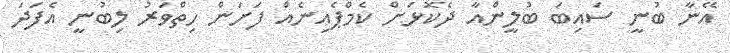
އޭނާ ބުނީ ސައިބަ ބުލީންއާ ދެކޮޅަށް ކެމްޕެއިނެއް ފަށަން ހިތްވަރު ލިބުނީ އެފަދަ